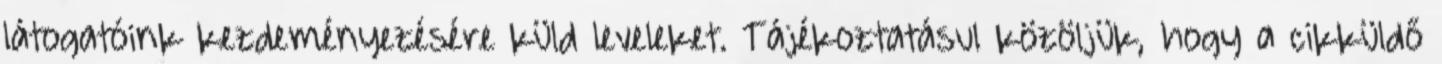
látogatóink kezdeményezésére küld leveleket. Tájékoztatásul közöljük, hogy a cikküldő